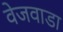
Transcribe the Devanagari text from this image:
वेजवाडा